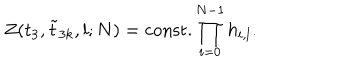
Z ( t _ { 3 } , \tilde { t } _ { 3 k } , l ; N ) = \mathrm { c o n s t . } \prod _ { i = 0 } ^ { N - 1 } h _ { i , l } .